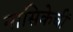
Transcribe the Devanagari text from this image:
नासिकेचीं